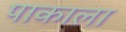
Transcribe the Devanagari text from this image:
पाकाला